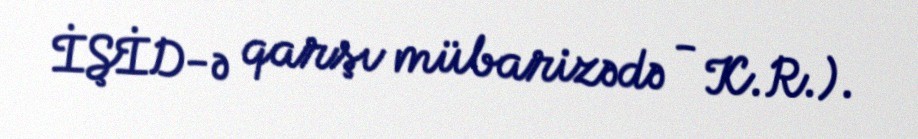
İŞİD-ə qarşı mübarizədə - K.R.).